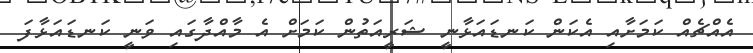
އެއްޗެއް ކަމަށާއި އެކަން ކަނޑައަޅާނީ ޝަރީއަތުން ކަމަށް އެ މާއްދާގައި ވަނީ ކަނޑައަޅާފަ